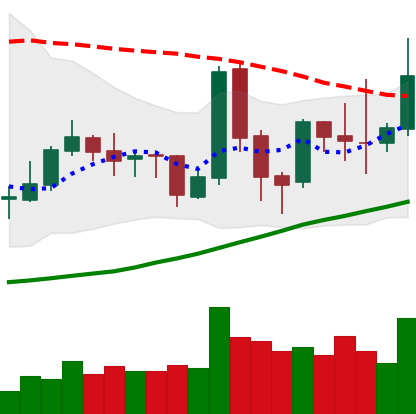
Ticker: TRX-USD
Chart end date: 2019-04-01
Forward return: 10.353%
Label: up_7plus